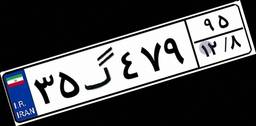
۰۴گ۲۵۶۷۲